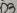
Text: D3